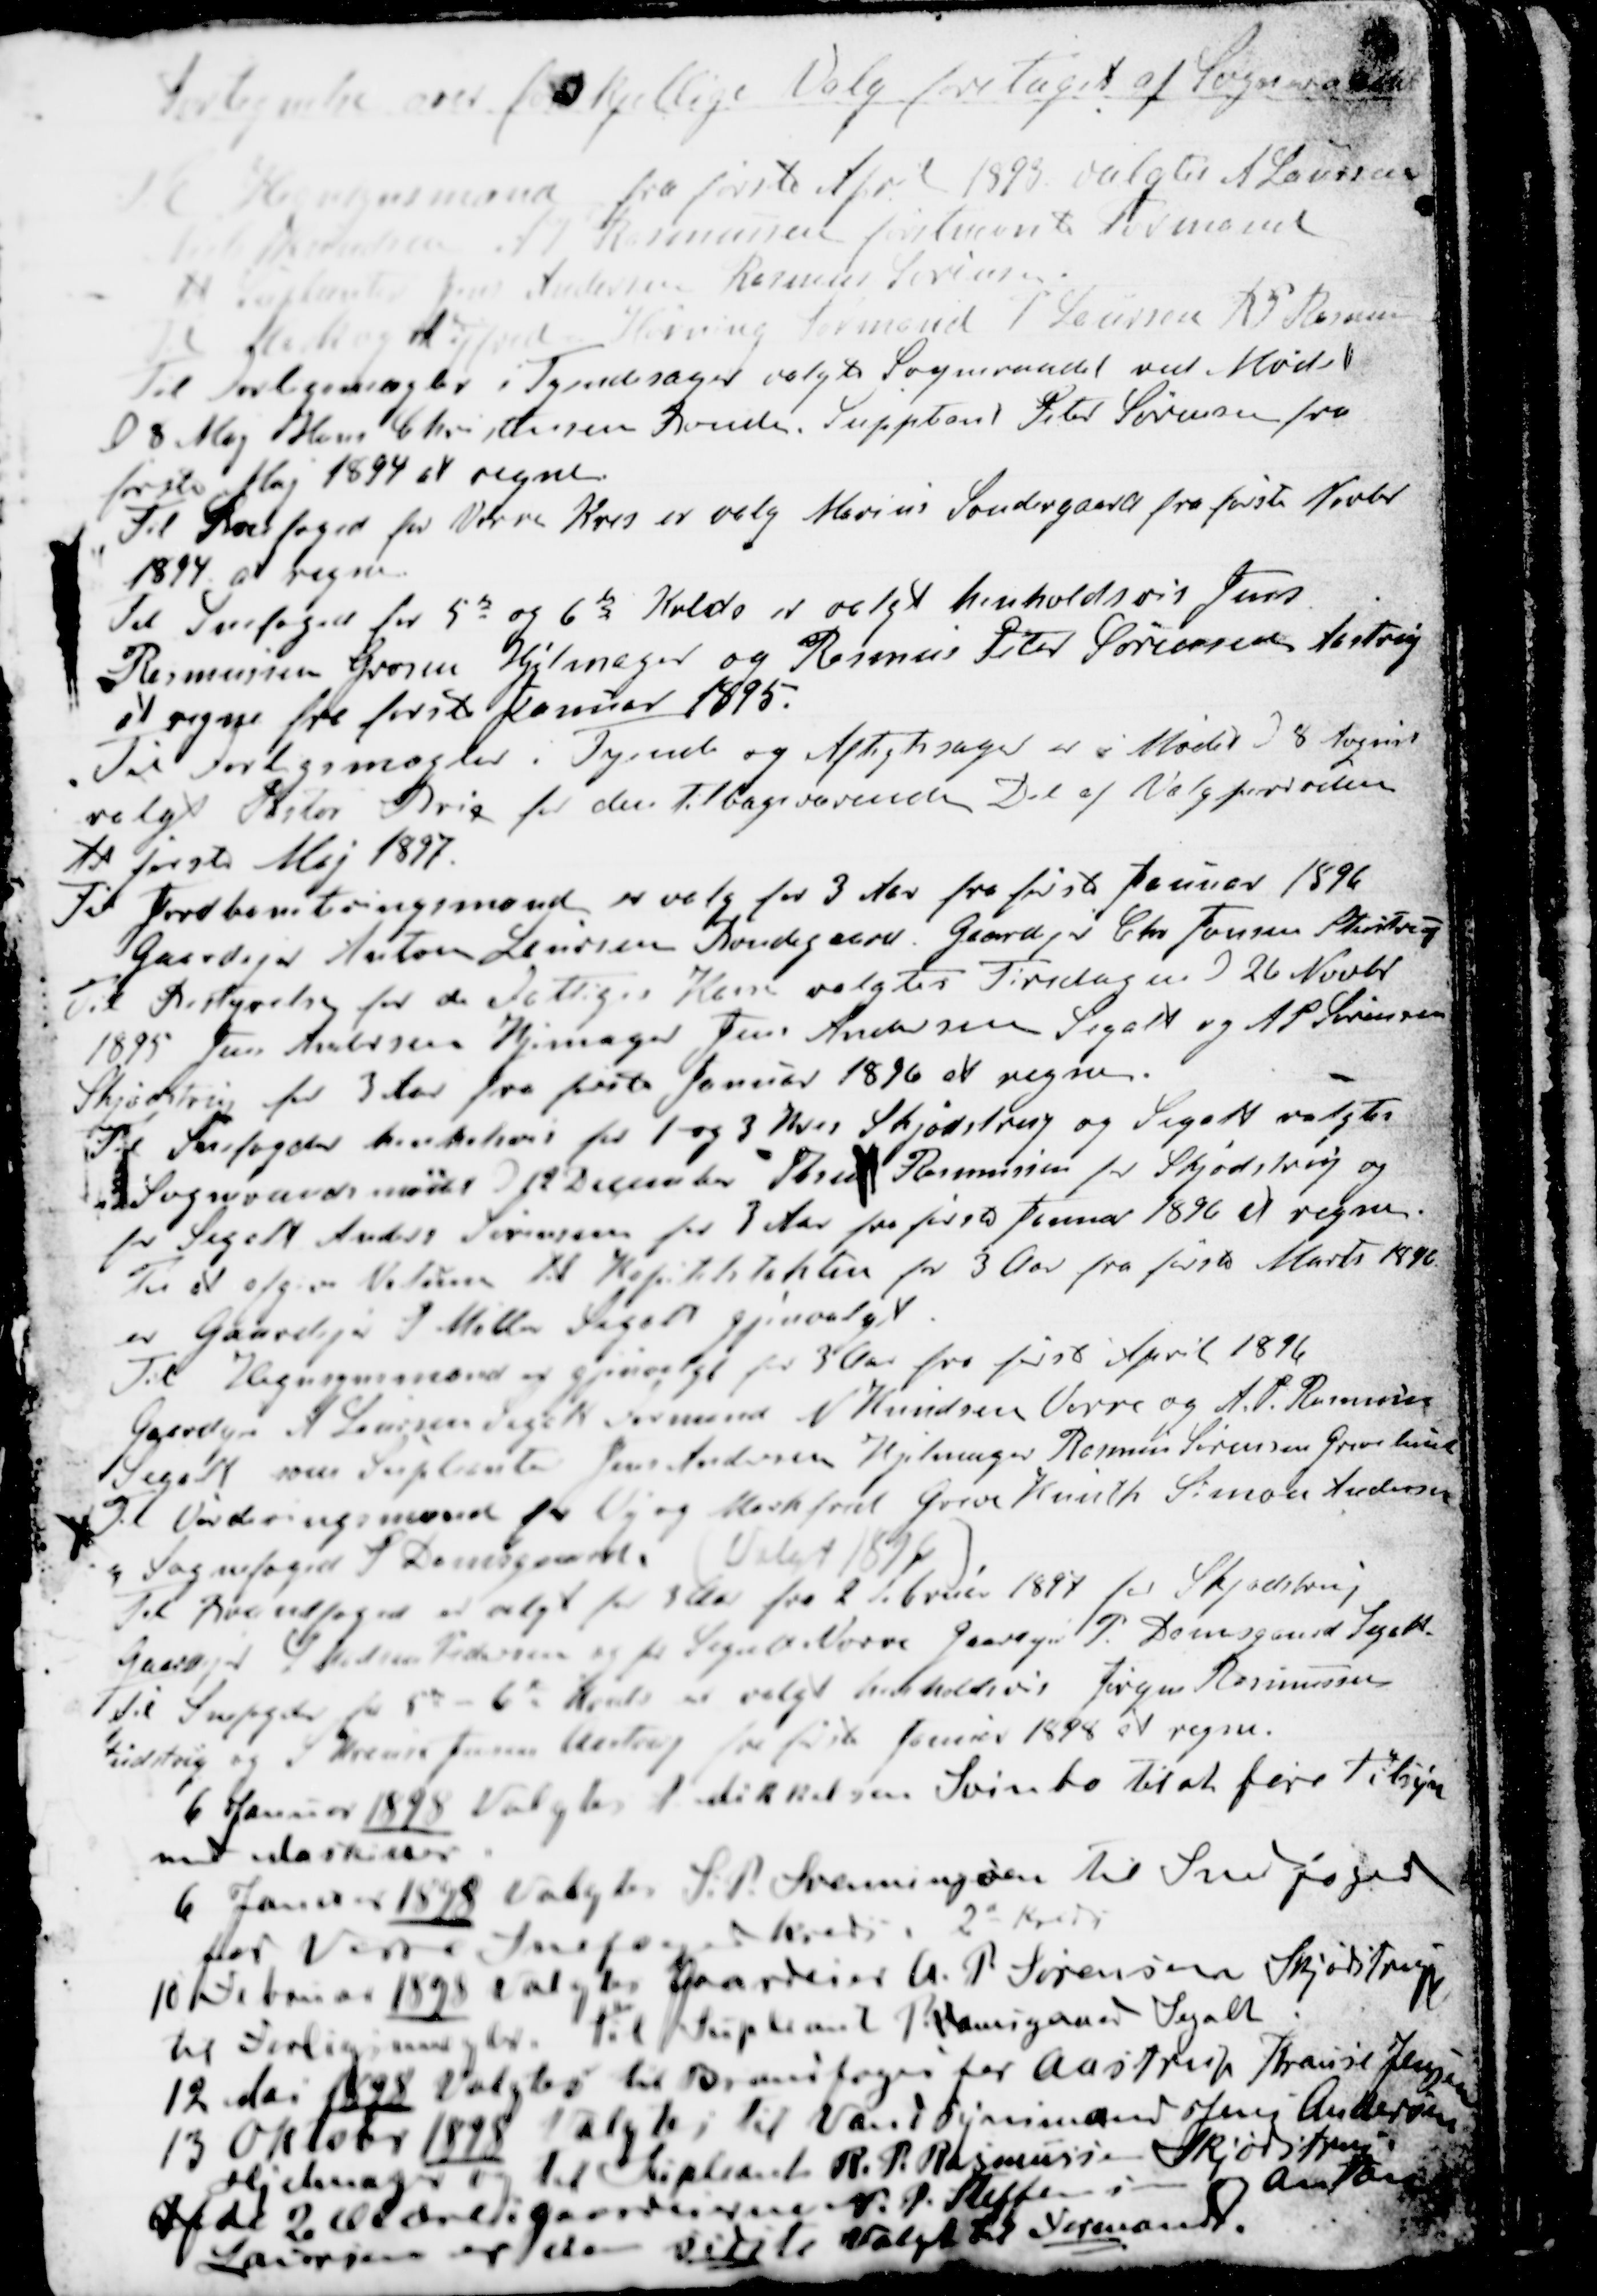
Transskription:
Fortegnelse over forskjellige Valg foretaget af Sogneraadet
Til Hegnsynsmand fra første April 1892 valgtes A Laursen
til  A P Rasmussen førstnævnte Formand
til Supleant Jens Andersen Rasmus Sørensen.
Til Mark og Vejfred Hørning  Formand P. Laursen R.P. Rasmus
Til Forligsmægler i Tyendesager valgte Sogneraadet ved Mødet
D 8 Maj Hans Christensen Bonde, Suppleant Peter Sørensen fra
første Maj 1894 at regne.
Til Snefoged for Vorre Kres er valg Marius Søndergaard fra første Novbr
1894 at regne.
Til Snefoged for 5te og 6te Kreds er valgt henholdsvis Jens
Rasmussen Grosen Hjelmager og Rasmus Peter Sørensen, Aastrup
at regne fra første Januar 1895.
Til Forligsmægler i Tyende og Aftægtssager er i Mødet d. 8 August
valgt Pastor Brix for den tilbageværende Del af Valgperioden
11 første Maj 1897.
Til Jordboniteringsmænd er valg for 3 Aar fra første Januar 1896
Gaardejer Anton Laursen Bondegaard, Gaardejer Chr Tomsen Studstrup
Til Bestyrelse for de Fattiges Kasse valgtes Tirsdagen d 26 Novbr.
1895 Jens Andersen Hjemager Jens Andersen Segalt og A. P. Sørensen
Skjødstrup for 3 Aar fra første Januar 1896 at regne.
Til Snefogder henholdsvis for 1 og 3 Kres Skjødstrup og Segalt valgtes
i Sogneraadsmødet d 12 December Thru Rasmussen for Skødstrup og
for Segalt Anders Sørensen for 3 Aar fra første Januar 1896 at regne.
Til at afgive Votum til Kapitelstaksten for 3 Aar fra første Marts 1896
er Gaardejer S. Møller Segalt gjenvalgt
Til Hegnsynsmænd er gjenvalgt for 3 Aar fra først 18 April 1896
Gaardejer A. Laursen Segalt Formand N Knudsen Vorre og A. P. Rasmussen
Segalt som Supleanter Jens Andersen Hjelmager Rasmus Sørensen Grevelund
Til Vurderingsmænd for Vej og Markfred Greve Knuth Simon Andersen
og Sognefoged P Damsgaard. ( Valgt 1894 )
Til Brandfoged er valgt for 3 Aar fra 2 Februar 1897 for Skjødstrup
Gaardejer L Madsen Pedersen og for Segalt Vorre Gaardejer P. Damsgaard Segalt
Til Snefogeder for 5te - 6te Kreds er valgt henholdsvis Jørgen Rasmussen
Studstrup og S Krause Jensen Aastrup fra første Januar 1898 i regne.
6 Januar 1898 Valgtes P Mikkelsen Svinbo til at føre Tilsyn
med Maskiner
6 Januar 1898 valgtes S. P. Svenningsen til Snefoged
for Vorre Snefogedkreds. 2" Kreds
10 Februar 1898 valgtes Gaardejer A. P. Sørensen Skjødstrup
til Forligsmægler. Til Supleant P. Damsgaard Segalt
12 Mai 1898 Valgtes til Brandfoged for Aastrup Krause Jensen
13 Oktobr 1898 valgtes til Vandsynsmand Jens Andersen
Hjelmager og til Supleant R. P. Rasmussen Skjødstrup
Af de 2 Ældre i Gaardeierne N. P. Steffensen og Anton
Laursen er den sidste Valgt til Formand.